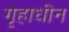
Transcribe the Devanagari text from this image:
गृहाधीन